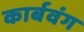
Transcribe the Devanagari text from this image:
कार्बवंग